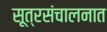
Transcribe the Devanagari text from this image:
सूत्रसंचालनात